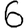
Digit: 6